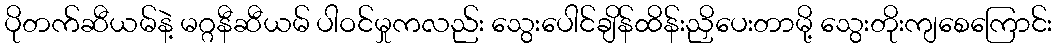
ပိုတက်ဆီယမ်နဲ့ မဂ္ဂနီဆီယမ် ပါဝင်မှုကလည်း သွေးပေါင်ချိန်ထိန်းညှိပေးတာမို့ သွေးတိုးကျစေကြောင်း